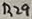
Text: R29